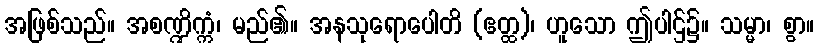
အဖြစ်သည်။ အစဏ္ဍိက္ကံ၊ မည်၏။ အနသုရောပေါတိ (ဧတ္ထ)၊ ဟူသော ဤပါဌ်၌။ သမ္မာ၊ စွာ။